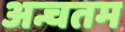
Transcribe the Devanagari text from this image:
अन्चतम